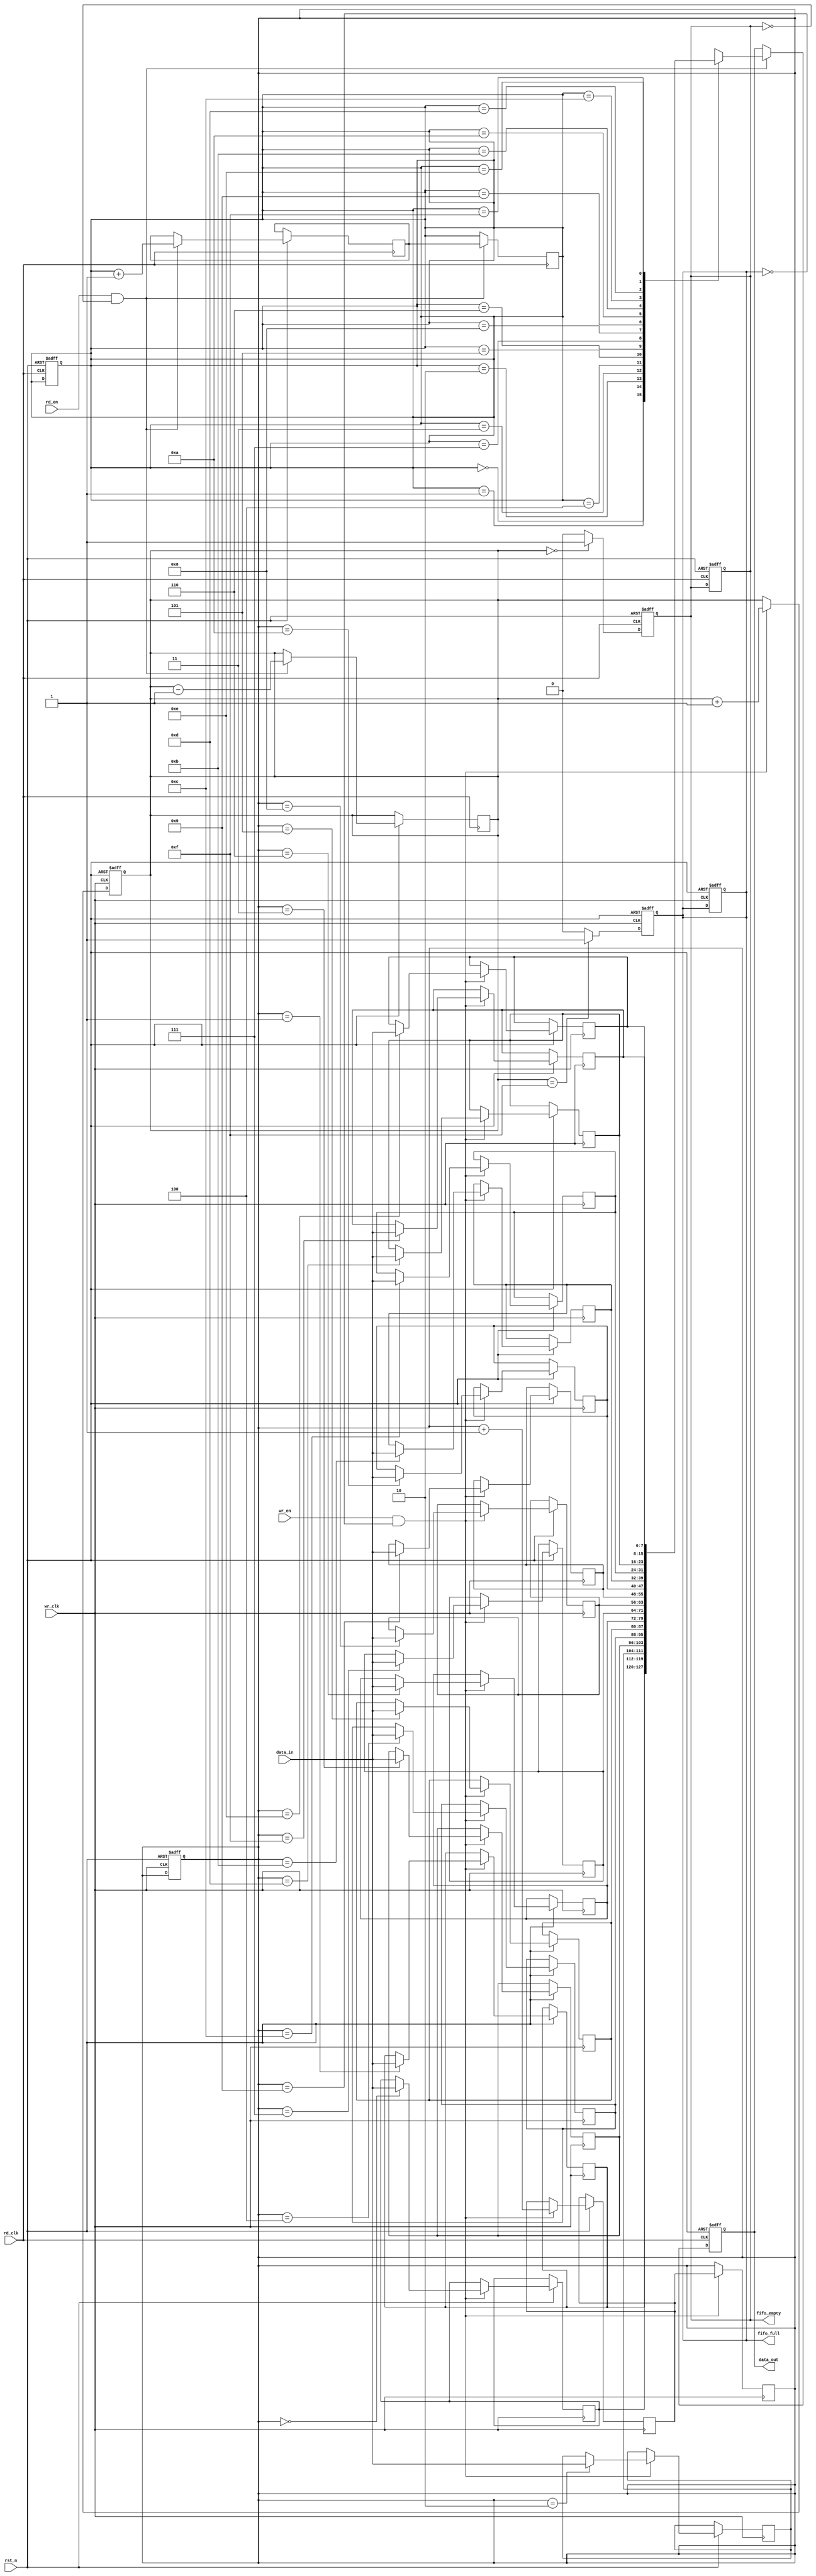
module dual_clock_fifo #(
    parameter DATA_WIDTH = 8,      // Width of the data
    parameter FIFO_DEPTH = 16       // Depth of the FIFO (must be a power of 2)
) (
    input wire                  wr_clk,      // Write clock
    input wire                  rd_clk,      // Read clock
    input wire                  rst_n,       // Asynchronous reset (active low)
    input wire [DATA_WIDTH-1:0] data_in,     // Data input
    input wire                  wr_en,       // Write enable
    input wire                  rd_en,       // Read enable
    output reg [DATA_WIDTH-1:0] data_out,    // Data output
    output reg                  fifo_full,    // FIFO full flag
    output reg                  fifo_empty     // FIFO empty flag
);

    // Memory array
    reg [DATA_WIDTH-1:0] fifo_mem [0:FIFO_DEPTH-1];

    // Pointers
    reg [clog2(FIFO_DEPTH)-1:0] w_ptr, r_ptr;
    reg [clog2(FIFO_DEPTH)-1:0] w_ptr_next, r_ptr_next;

    // Full and Empty flags
    reg [clog2(FIFO_DEPTH):0] fifo_count; // Count of elements in FIFO

    // Asynchronous reset logic
    always @(posedge wr_clk or negedge rst_n) begin
        if (!rst_n) begin
            w_ptr <= 0;
            fifo_count <= 0;
            fifo_full <= 0;
        end else if (wr_en && !fifo_full) begin
            fifo_mem[w_ptr] <= data_in;
            w_ptr_next = w_ptr + 1'b1;
            fifo_count <= fifo_count + 1'b1;
        end
    end

    always @(posedge rd_clk or negedge rst_n) begin
        if (!rst_n) begin
            r_ptr <= 0;
            data_out <= 0;
            fifo_empty <= 1;
        end else if (rd_en && !fifo_empty) begin
            data_out <= fifo_mem[r_ptr];
            r_ptr_next = r_ptr + 1'b1;
            fifo_count <= fifo_count - 1'b1;
        end
    end

    // Update pointers and flags
    always @(posedge wr_clk or negedge rst_n) begin
        if (!rst_n) begin
            fifo_full <= 0;
        end else begin
            if (fifo_count == FIFO_DEPTH-1)
                fifo_full <= 1;
            else
                fifo_full <= 0;
        end
    end

    always @(posedge rd_clk or negedge rst_n) begin
        if (!rst_n) begin
            fifo_empty <= 1;
        end else begin
            if (fifo_count == 0)
                fifo_empty <= 1;
            else
                fifo_empty <= 0;
        end
    end

    // Pointer update logic
    always @(posedge wr_clk) begin
        if (wr_en && !fifo_full) begin
            w_ptr <= w_ptr_next;
        end
    end

    always @(posedge rd_clk) begin
        if (rd_en && !fifo_empty) begin
            r_ptr <= r_ptr_next;
        end
    end

    // Function to calculate log base 2
    function integer clog2;
        input integer value;
        begin
            value = value - 1;
            for (clog2 = 0; value > 0; clog2 = clog2 + 1)
                value = value >> 1;
        end
    endfunction

endmodule